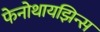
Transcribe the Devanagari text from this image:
फेनोथायझिन्स